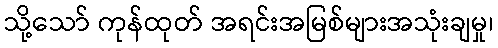
သို့သော် ကုန်ထုတ် အရင်းအမြစ်များအသုံးချမှု၊